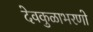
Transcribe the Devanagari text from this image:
देवकुळाभरणो